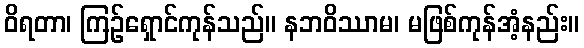
ဝိရတာ၊ ကြဉ်ရှောင်ကုန်သည်။ နဘဝိဿာမ၊ မဖြစ်ကုန်အံ့နည်း။